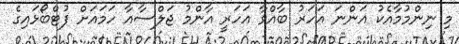
މި ނިންމުމާއެކު އަންނަ އަހަރު ބާއްވާ އަހަރީ އާންމު ޖަލްސާއާ ހަމައަށް ފުޓްބޯޅައިގެ